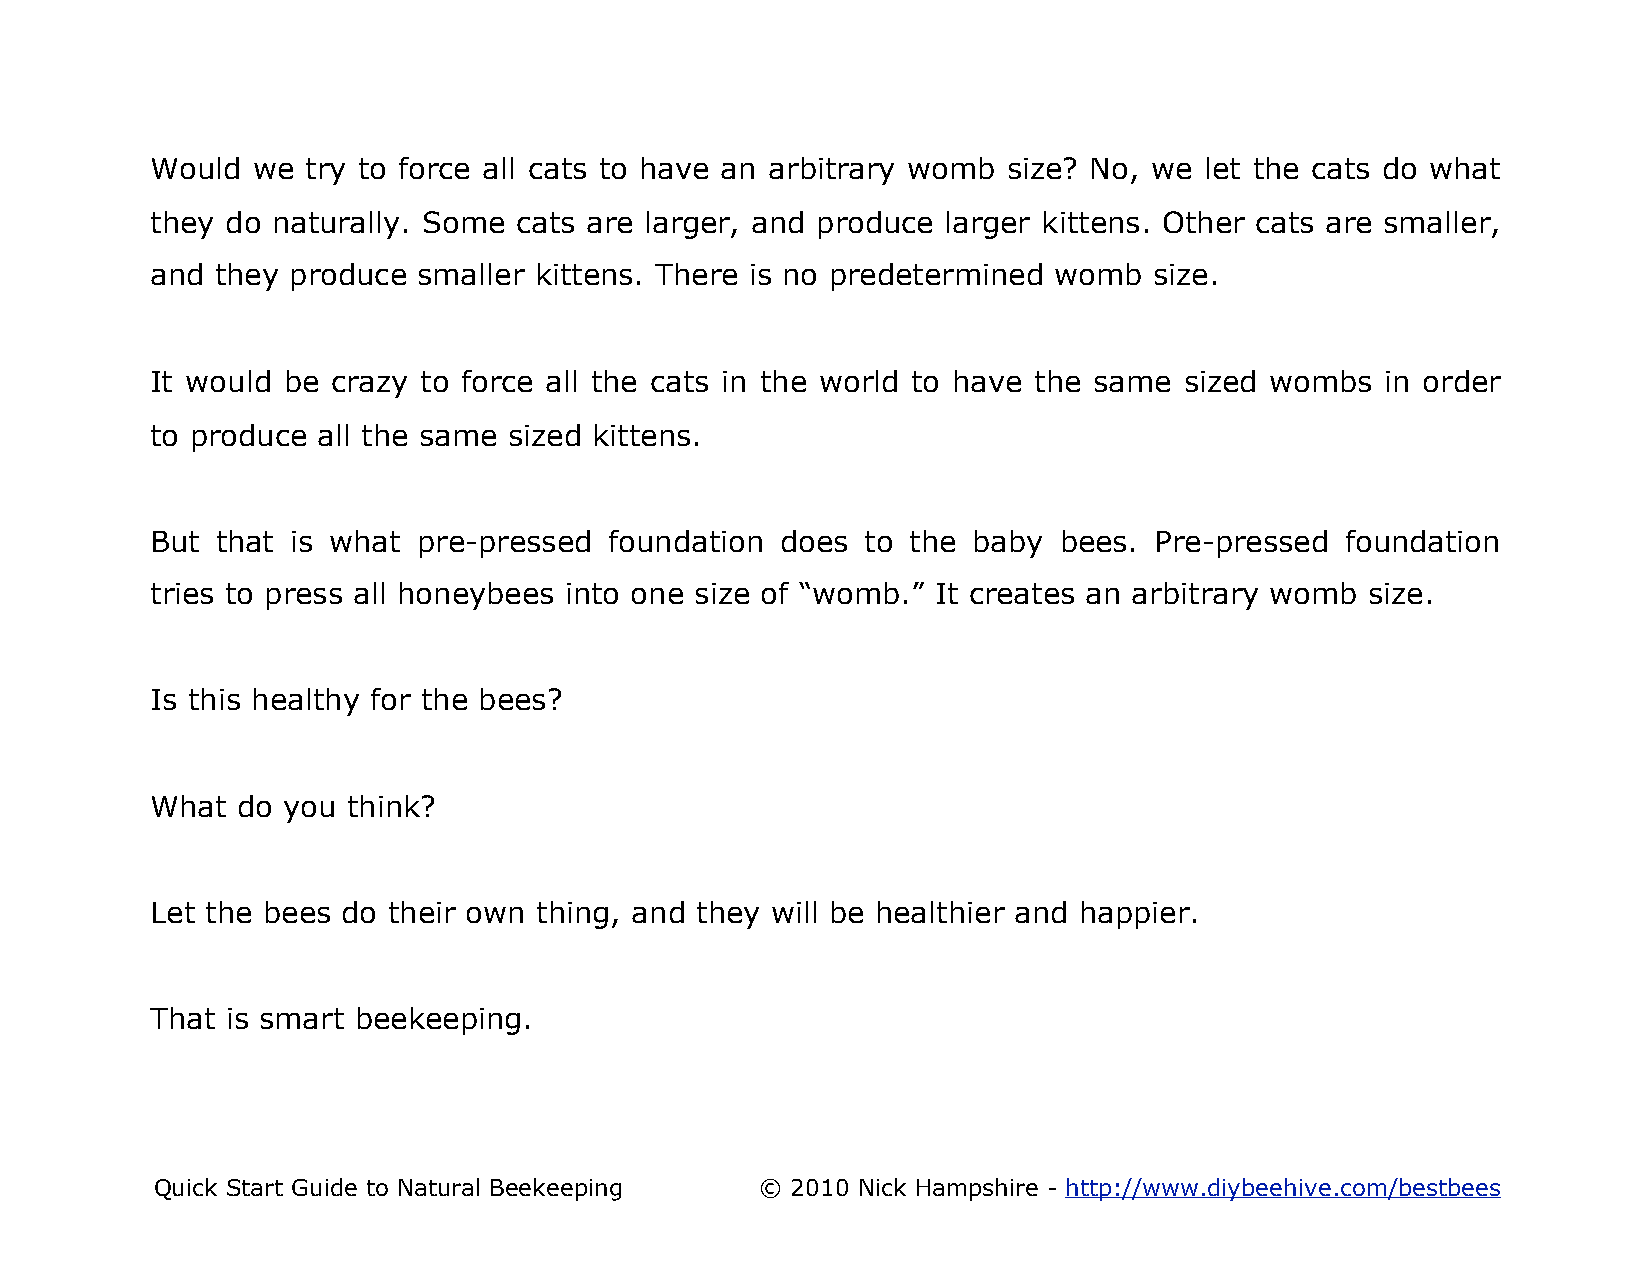
Would  we try to force all cats to have an arbitrary womb size? No, we let the cats do what
 they do naturally. Some cats are larger, and produce larger kittens. Other cats are smaller,
 and they produce  smaller kittens. There is no predetermined womb size.
 It would be crazy to force all the cats in the world to have the same sized wombs in order
 to produce all the same sized kittens.
 But that is what  pre-pressed foundation  does to the baby  bees. Pre-pressed  foundation
 tries to press all honeybees into one size of “womb.” It creates an arbitrary womb size.
 Is this healthy for the bees?
 What  do you think?
 Let the bees do their own thing, and they will be healthier and happier.
 That is smart beekeeping.
 Quick Start Guide to Natural Beekeeping © 2010 Nick Hampshire - http://www.diybeehive.com/bestbees